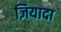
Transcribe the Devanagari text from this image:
ज़ियादा